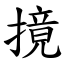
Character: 摬